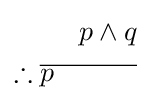
{\begin{aligned}p\wedge q\\\therefore {\overline {p\quad \quad \quad }}\\\end{aligned}}